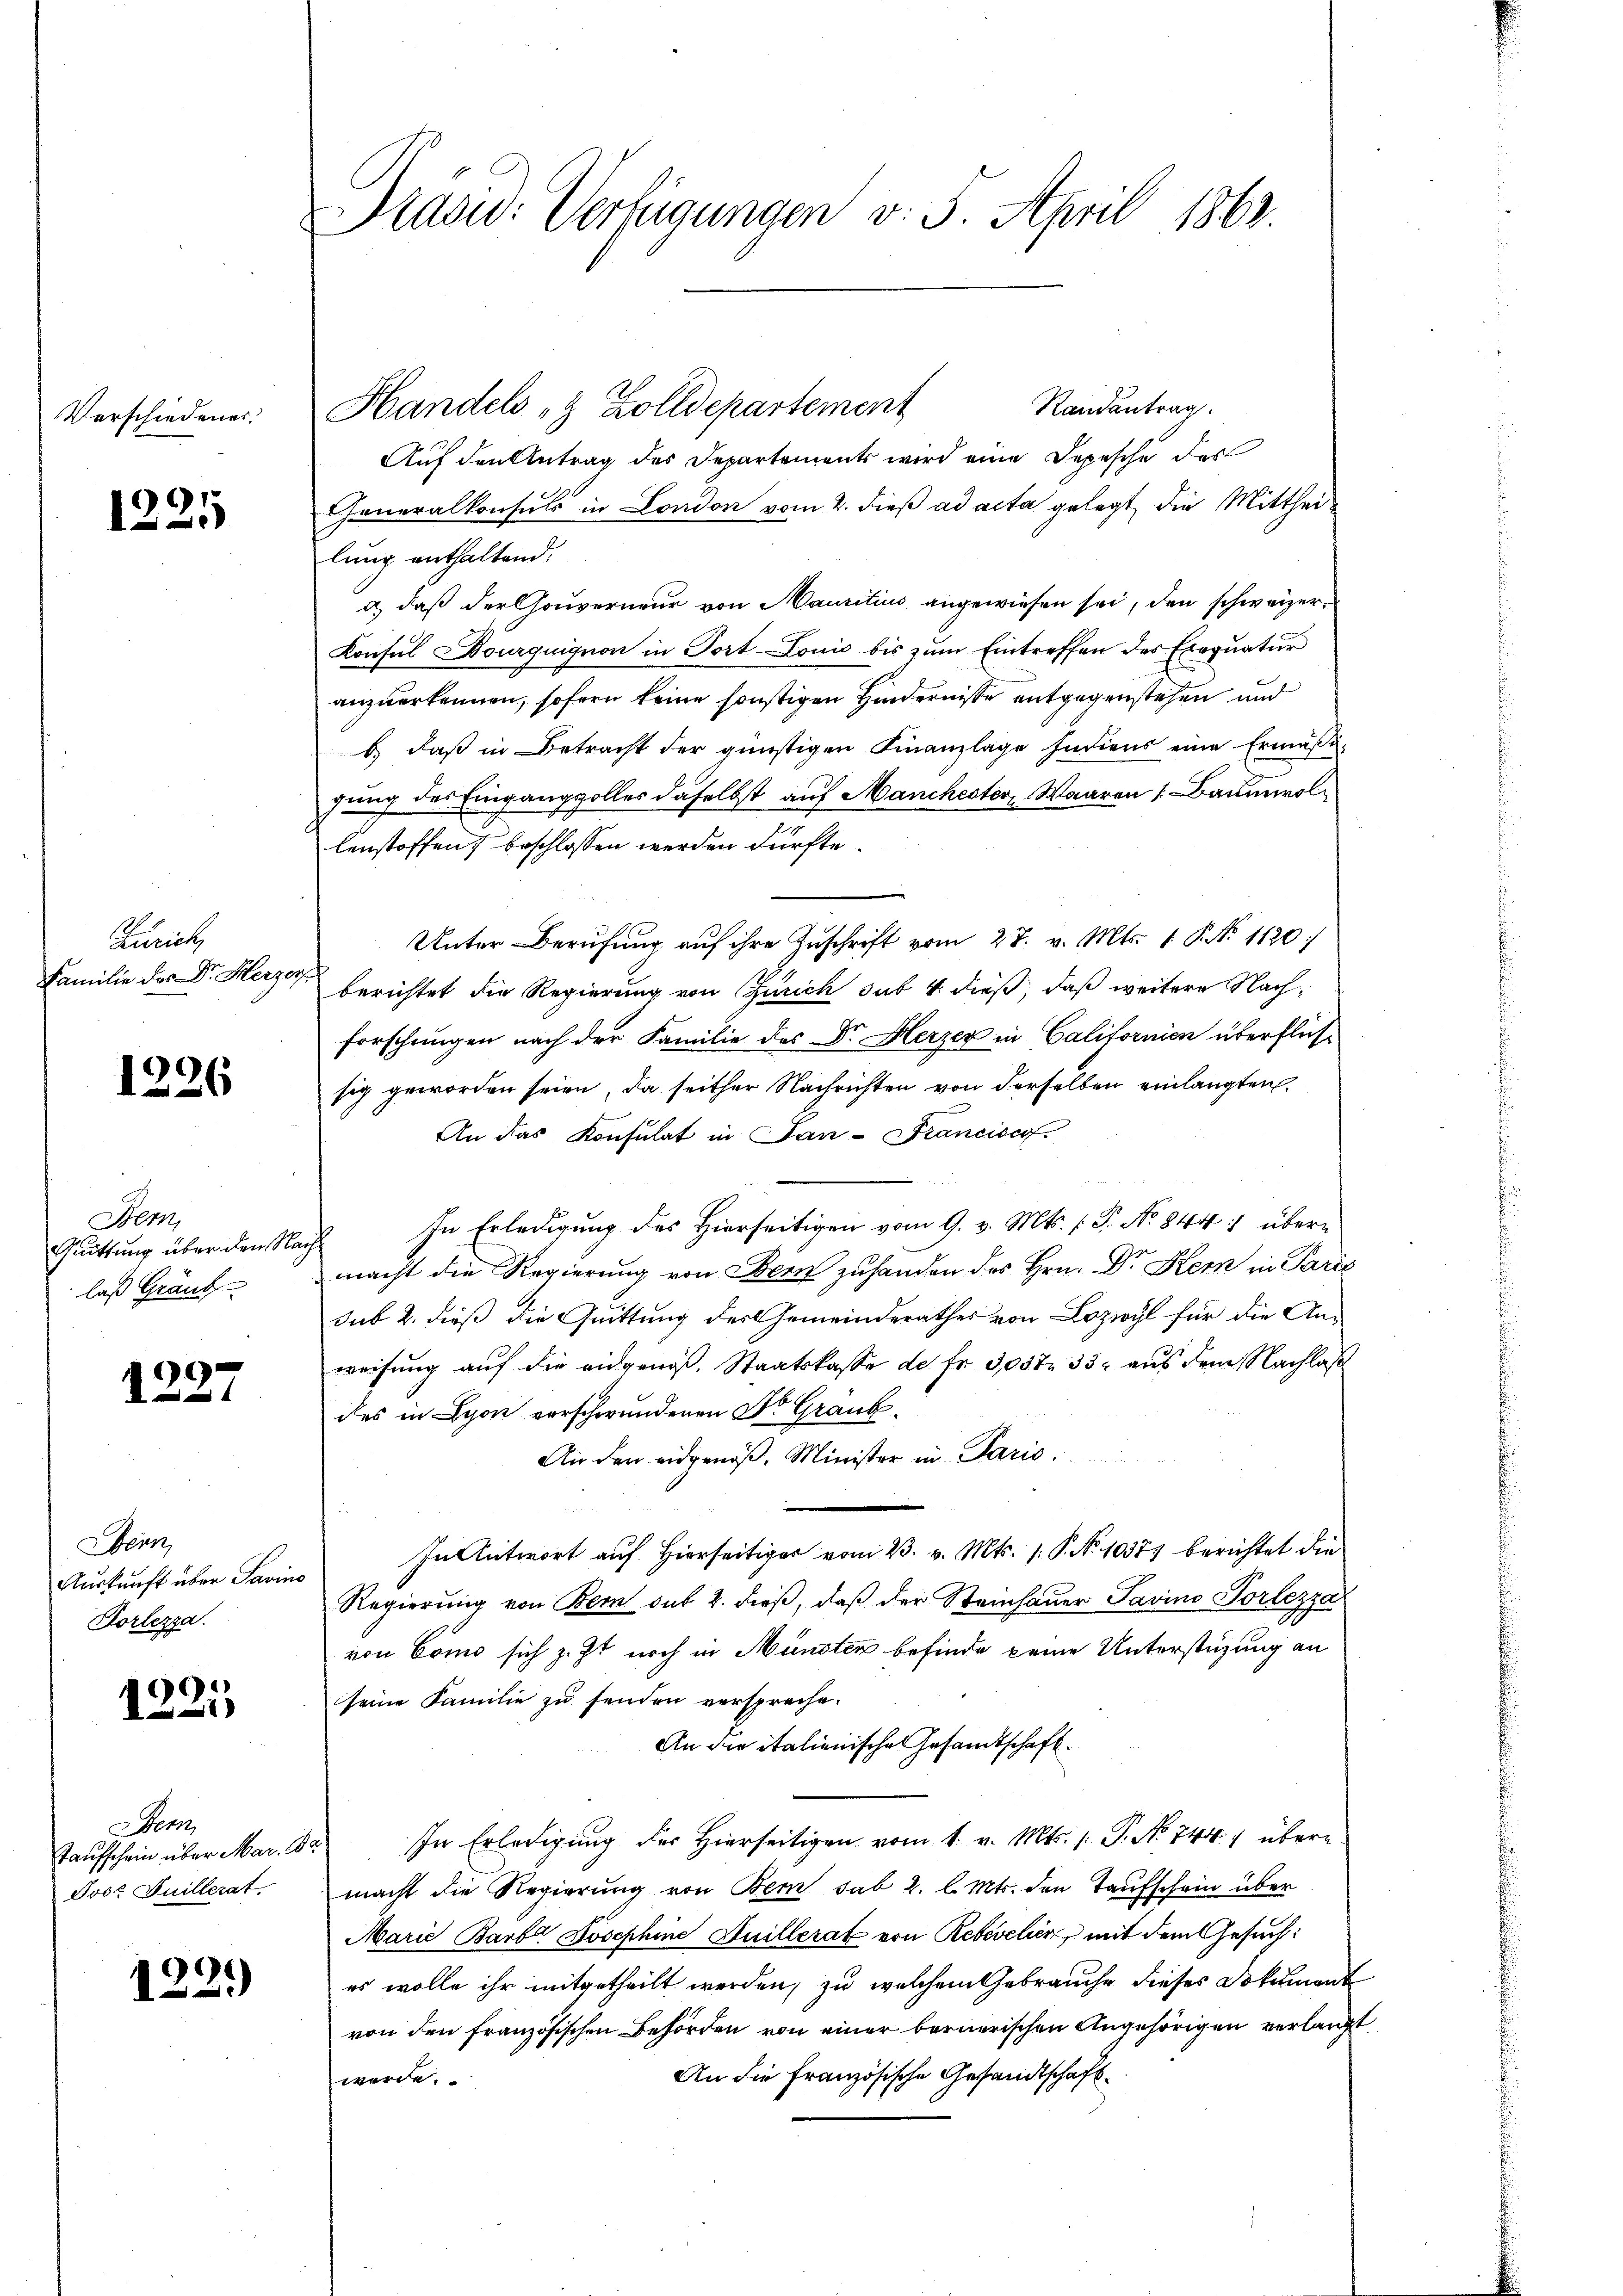
Verschiedenes.

9915
15

Zürich
Familie des Dr. Herzer

1226

Bem
Quittung über den Nalaß Gränz

1227

Senn
Auskunft über Savin
Korlezza

1221)

Dep
Taufschein über Mar. I
Joor Juillerat

1221)

Prasw: Verfügungen v. 5. April 1862.

Randantrag
Handels & Zolldepartement
Auf den Antrag des Departements wird eine Depesche des
Generalkonsuls in London vom 2. dieß ad acta gelegt, die Mittheilung enthaltend.
d) daß der souverneur von Mauritius angewiesen sei, den schweizer¬
Konsul Dourquignon in Fort- Louis bis zŭm Eintreffen des Exequatur
anzuerkennen, sofern keine sonstigen Hindernisse entgegenstehen und
b) daß in Betracht der günstigen Finanzlage Indiens eine Ermäßu-
gung des Eingang solles daselbst auf Manchester, Waaren (Baumwollenstoffen beschlossen werden dürfte.
Unter Berufung auf ihre Zuschrift vom 27. v. Mts. 1. P. N. 1120
berichtet die Regierung von Zürich sub 4 dieß, daß weitere Nachforschungen nach der Familie des Dr. Herzer in Californien überflüssig geworden seien, da seither Nachrichten von derselben einlangten
An das Konsulat in Jan-Francisco
In Erledigung des Hierseitigen vom 9. v. Mts. (T. No 844. über¬
7
macht die Regierung von Bern zuhanden des Hrn. Dr Kern in Paris
sub 2. dieß die Quittung des Gemeinderathes von Lozwyl für die Anweisung auf die eidgenoß, Staatskasse de fr. 3,037 33. aus dem Nachlaß
des in Lyon verschwundenen Dr. Graub¬
Air den eidgenöß, Minister in Paris.
In Antwort auf Hierseitig vom 23. v. Mts. 1. P. Nr. 10371 berichtet die
Regierung von Bem sub 2. dieβ, daβ der Steinhauer Savino Vorlezza
von Como sich z. Zt. noch in Münster befinde keine Unterstüzung an
seine Familie zu senden verspreche.
An die italienische Gesandtschaft.
In Erledigung des Hierseitigen vom 1. v. Mts. /: P. No 744. / übera
macht die Regierung von Bern sub 2. l. Mts. den Taufschein über
Marie Barba Josephine Guillerat von Resevelier, mit dem Gesuch:
es wolle ihr mitgetheilt werden, zu welchem Gebrauche dieses Dokument
von den französischen Behörden von einer bernerischen Angehörigen verlangt
An die Französische Gesandtschaftwerde.